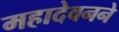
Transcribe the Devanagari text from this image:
महादेवनने